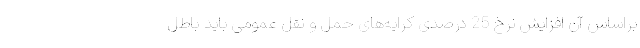
براساس آن افزایش نرخ 25 درصدی کرایه‌های حمل و نقل عمومی باید باطل